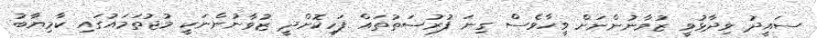
ސައީދު ވިދާޅުވީ ޒުވާނުންނަށް ވީހާވެސް ގިނަ ފުރުސަތުތައް ފަހިކޮށްދީ ޒުވާނުންނަކީ މުޖުތަމައުގައި ކާމިޔާބު